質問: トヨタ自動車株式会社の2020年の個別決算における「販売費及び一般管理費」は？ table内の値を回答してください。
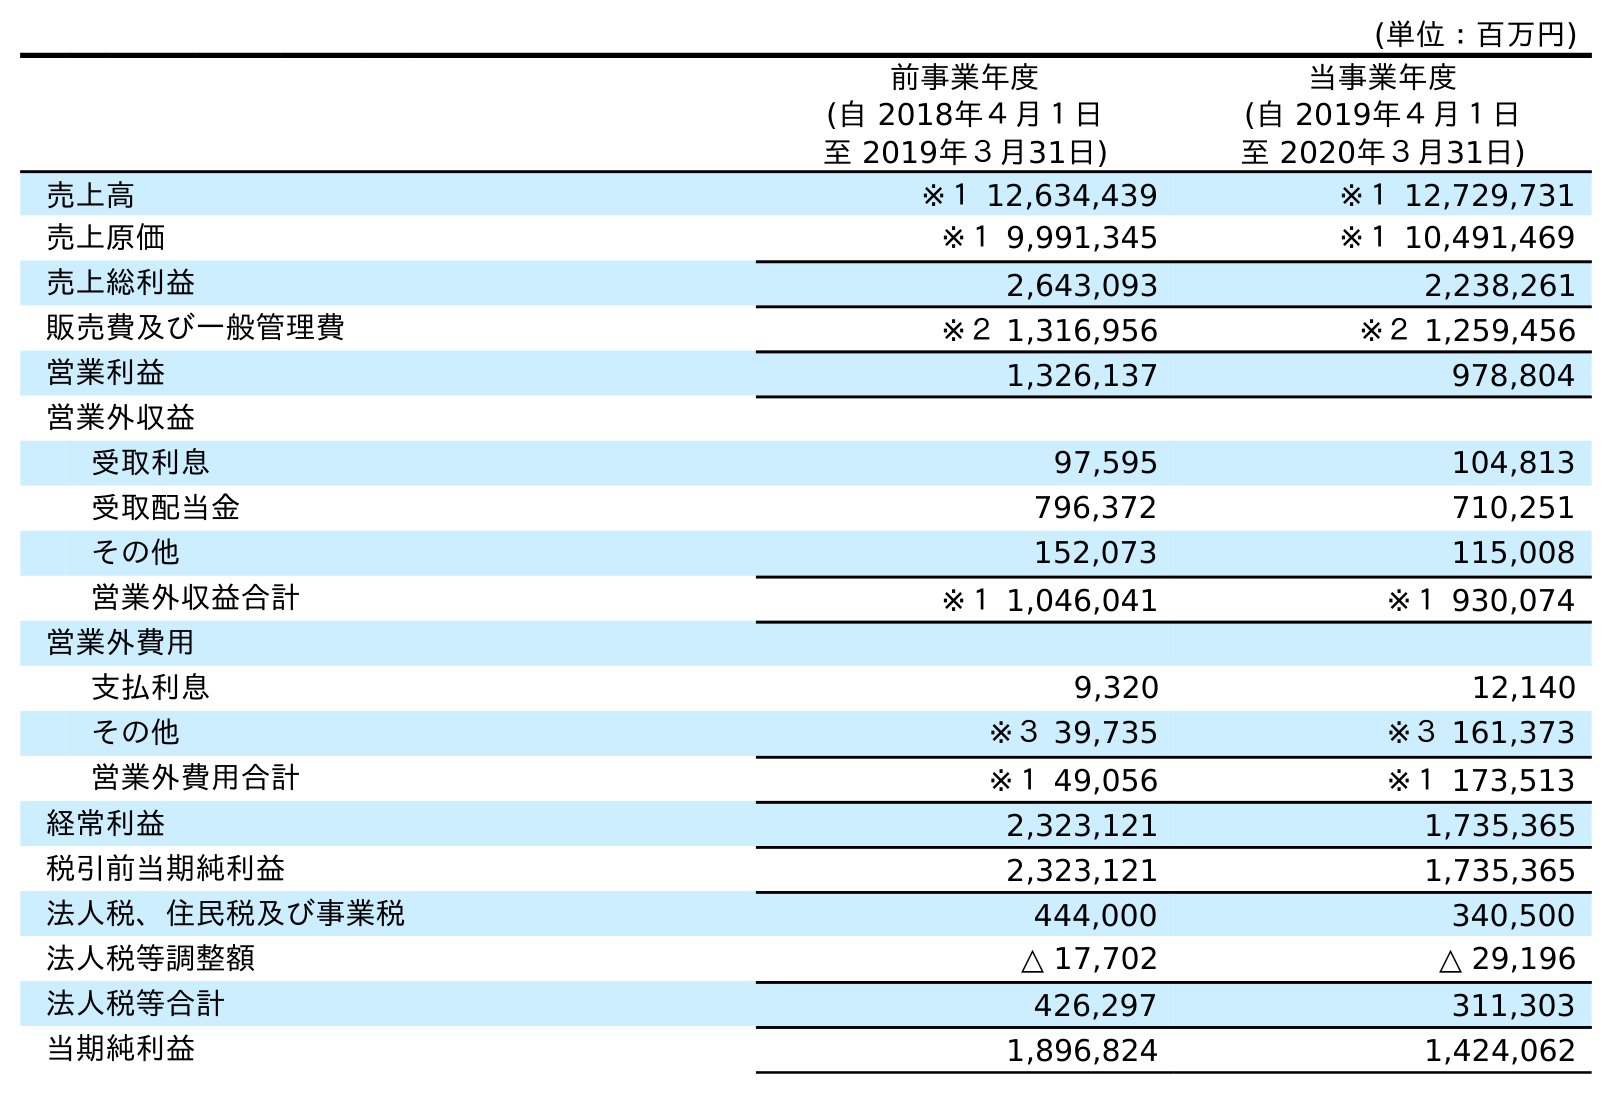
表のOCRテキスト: (単位：百万円) 前事業年度 (自 2018年４月１日 至 2019年３月31日) 当事業年度 (自 2019年４月１日 至 2020年３月31日) 売上高 ※１ 12,634,439 ※１ 12,729,731 売上原価 ※１ 9,991,345 ※１ 10,491,469 売上総利益 2,643,093 2,238,261 販売費及び一般管理費 ※２ 1,316,956 ※２ 1,259,456 営業利益 1,326,137 978,804 営業外収益 受取利息 97,595 104,813 受取配当金 796,372 710,251 その他 152,073 115,008 営業外収益合計 ※１ 1,046,041 ※１ 930,074 営業外費用 支払利息 9,320 12,140 その他 ※３ 39,735 ※３ 161,373 営業外費用合計 ※１ 49,056 ※１ 173,513 経常利益 2,323,121 1,735,365 税引前当期純利益 2,323,121 1,735,365 法人税、住民税及び事業税 444,000 340,500 法人税等調整額 △ 17,702 △ 29,196 法人税等合計 426,297 311,303 当期純利益 1,896,824 1,424,062
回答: ※２1,259,456